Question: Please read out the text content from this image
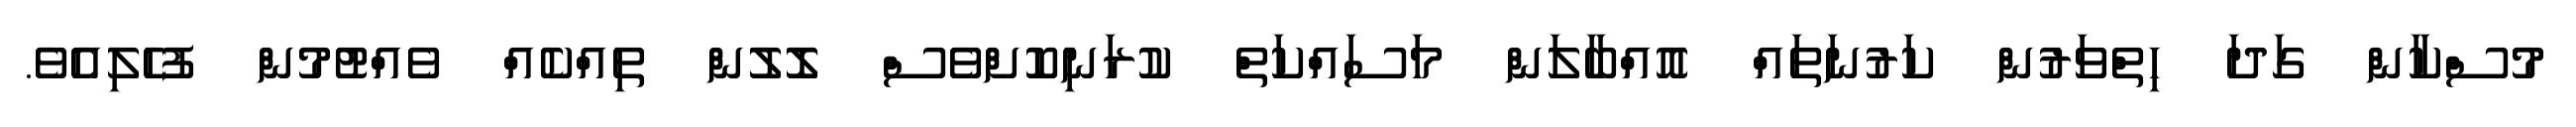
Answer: މުސްކާން ގަދަ ހިތްވަރުން ކަރުނަތައް އޮއްބާލަން މަސައްކަތް ކުރަނިކޮށްވެސް ލޮލުން ތިއްކެއް ވެއްޓުމުން ފުހެލިއެވެ.